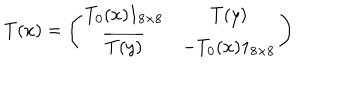
T ( x ) = \left( \begin{array} { c c } { { T _ { 0 } ( x ) 1 _ { 8 \times 8 } } } & { { T ( y ) } } \\ { { \overline { { { T ( y ) } } } } } & { { - T _ { 0 } ( x ) 1 _ { 8 \times 8 } } } \\ \end{array} \right)